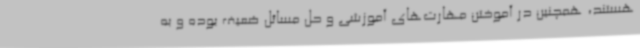
هستند، همچنین در آموختن مهارت‌های آموزشی و حل مسائل ضعیف بوده و به